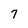
Character: 7